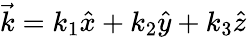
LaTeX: \vec{k}=k_{1}\hat{x}+k_{2}\hat{y}+k_{3}\hat{z}